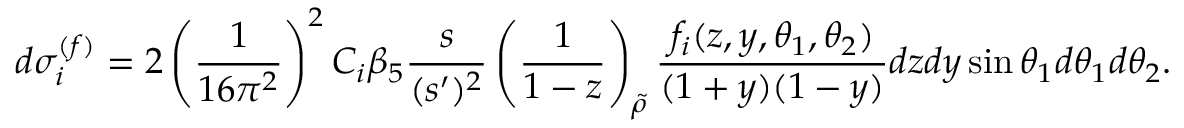
d \sigma _ { i } ^ { ( f ) } = 2 \left( \frac { 1 } { 1 6 \pi ^ { 2 } } \right) ^ { 2 } C _ { i } \beta _ { 5 } \frac { s } { ( s ^ { \prime } ) ^ { 2 } } \left( \frac { 1 } { 1 - z } \right) _ { \tilde { \rho } } \frac { f _ { i } ( z , y , \theta _ { 1 } , \theta _ { 2 } ) } { ( 1 + y ) ( 1 - y ) } d z d y \sin \theta _ { 1 } d \theta _ { 1 } d \theta _ { 2 } .